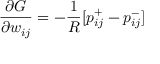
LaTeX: { \frac { \partial { G } } { \partial { w _ { i j } } } } = - { \frac { 1 } { R } } [ p _ { i j } ^ { + } - p _ { i j } ^ { - } ]